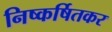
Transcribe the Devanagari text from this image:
निष्कर्षितकर